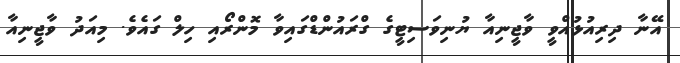
އޭނާ ދިރިއުޅުއްވީ ވާޖީނިއާ ޔުނިވަސިޓީގެ ގްރައުންޑްގައިވާ މޮންރޯއި ހިލް ގައެވެ. މިއަދު ވާޖީނިއާ